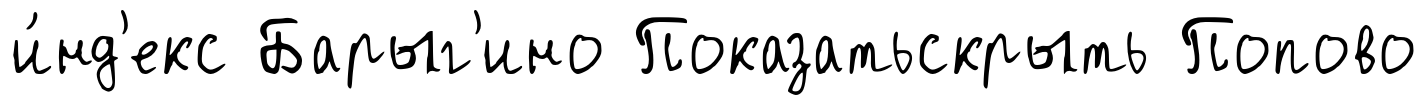
и́нд'екс Барыг'ино Показатьскрыть Попово